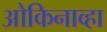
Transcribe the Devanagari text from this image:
ओकिनाव्हा